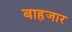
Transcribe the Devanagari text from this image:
बाहृजार